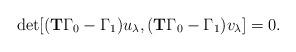
LaTeX: \begin{align*}\det[(\mathbf{T}\Gamma_0-\Gamma_1)u_\lambda, (\mathbf{T}\Gamma_0-\Gamma_1)v_\lambda]=0.\end{align*}